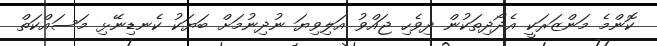
ކޮންމެ މަންޒަރަކީ އެދޯދިތަކުން ދިވެހި ޖައްވު އަލިވިޔަ ނުދިނުމަށް ބަޔަކު ކެނޑިނޭޅި މަސައްކަތް